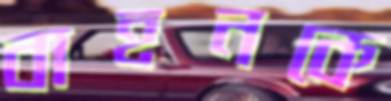
বাহনকে